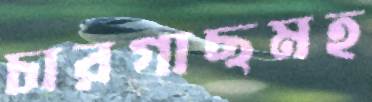
চারগাছমহ